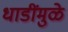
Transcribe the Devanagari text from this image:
धाडींमुळे